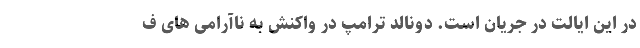
در این ایالت در جریان است. دونالد ترامپ در واکنش به ناآرامی های ف